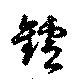
鑪